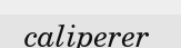
caliperer